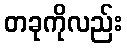
တခုကိုလည်း